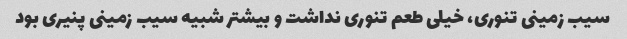
سیب زمینی تنوری، خیلی طعم تنوری نداشت و بیشتر شبیه سیب زمینی پنیری بود